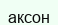
аксон